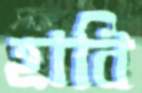
হাবি